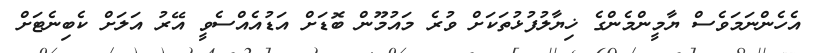
އެހެންނަމަވެސް ޔާމީންމެންގެ ޚިޔާލުފުޅުތަކަށް ވުރެ މައުމޫން ބޮޑަށް އަޑުއެއްސެވީ އޭރު އަލަށް ކެބިނެޓަށް